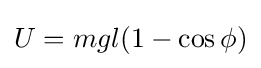
U=mgl(1-\cos \phi )